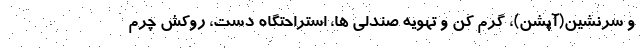
و سرنشین(آپشن)، گرم کن و تهویه صندلی ها، استراحتگاه دست، روکش چرم